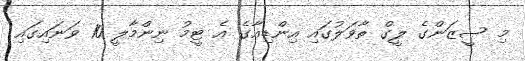
މި ސީޒަންގެ ލީގް ތާވަލުގައި އިންޑިއާގެ އެ ޓީމު ނިންމާލީ 10 ވަނައިގައި